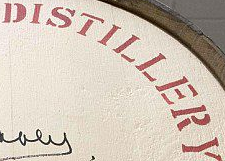
DISTILLERY